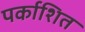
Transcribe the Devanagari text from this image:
पर्काशित